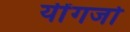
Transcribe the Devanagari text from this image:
यींगजो